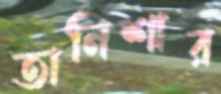
তানিশার